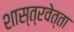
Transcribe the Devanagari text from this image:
शास्त्रवेत्ता